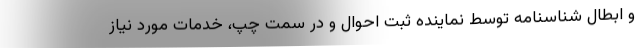
و ابطال شناسنامه توسط نماینده ثبت احوال و در سمت چپ، خدمات مورد نیاز